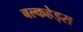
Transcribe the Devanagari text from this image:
बल्‍कहेड्स